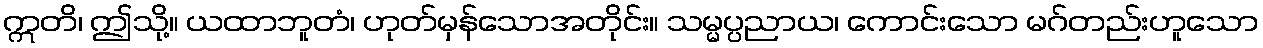
ဣတိ၊ ဤသို့။ ယထာဘူတံ၊ ဟုတ်မှန်သောအတိုင်း။ သမ္မပ္ပညာယ၊ ကောင်းသော မဂ်တည်းဟူသော